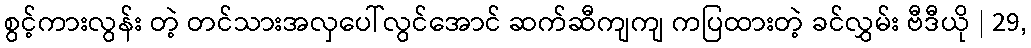
စွင့်ကားလွန်း တဲ့ တင်သားအလှပေါ်လွင်အောင် ဆက်ဆီကျကျ ကပြထားတဲ့ ခင်လွှမ်း ဗီဒီယို | 29,